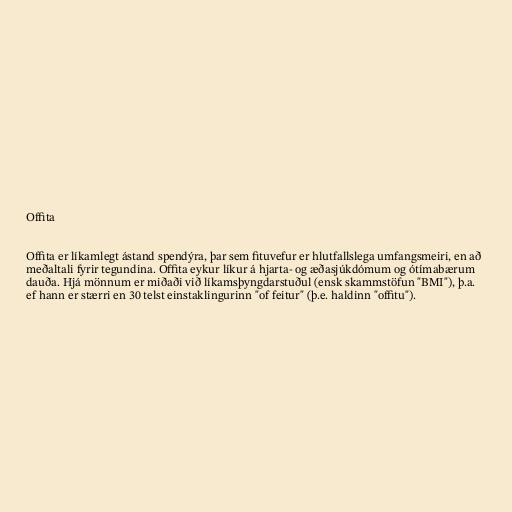
Offita

Offita er líkamlegt ástand spendýra, þar sem fituvefur er hlutfallslega umfangsmeiri, en að
meðaltali fyrir tegundina. Offita eykur líkur á hjarta- og æðasjúkdómum og ótímabærum
dauða. Hjá mönnum er miðaði við líkamsþyngdarstuðul (ensk skammstöfun "BMI"), þ.a.
ef hann er stærri en 30 telst einstaklingurinn "of feitur" (þ.e. haldinn "offitu").